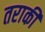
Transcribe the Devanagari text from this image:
तराकी